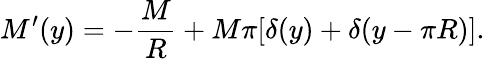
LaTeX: M^{\prime}(y)=-\frac{M}{R}+M\pi[\delta(y)+\delta(y-\pi R)].